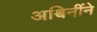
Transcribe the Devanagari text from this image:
अश्विनींने